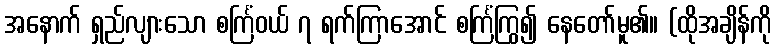
အနောက် ရှည်လျားသော စင်္ကြံဝယ် ၇ ရက်ကြာအောင် စင်္ကြံကြွ၍ နေတော်မူ၏။ (ထိုအချိန်ကို